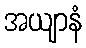
အယျာနံ